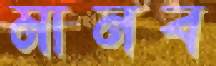
মানব